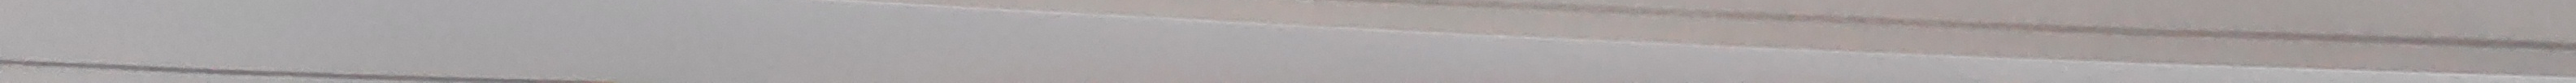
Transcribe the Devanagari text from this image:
इन्डियन बैंक